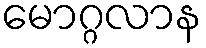
မောဂ္ဂလာန